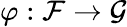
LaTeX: \varphi:{\mathcal{F}}\rightarrow{\mathcal{G}}